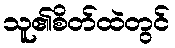
သူ၏စိတ်ထဲတွင်